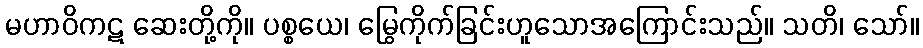
မဟာဝိကဋ ဆေးတို့ကို။ ပစ္စယေ၊ မြွေကိုက်ခြင်းဟူသောအကြောင်းသည်။ သတိ၊ သော်။